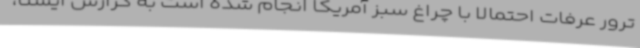
ترور عرفات احتمالا با چراغ سبز آمریکا انجام شده است به گزارش ایسنا،